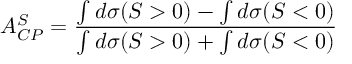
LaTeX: A _ { C P } ^ { S } = \frac { \int d \sigma ( S > 0 ) - \int d \sigma ( S < 0 ) } { \int d \sigma ( S > 0 ) + \int d \sigma ( S < 0 ) }